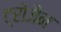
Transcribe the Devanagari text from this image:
ट्रोजैन